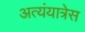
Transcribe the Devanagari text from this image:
अत्यंयात्रेस